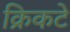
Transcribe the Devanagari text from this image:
क्रिकटे